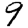
Digit: 9